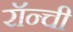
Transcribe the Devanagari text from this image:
रॉन्ची